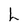
Character: h